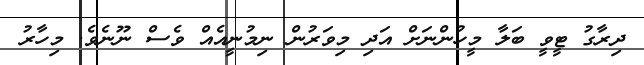
ދިރާގު ޓީވީ ބަލާ މީހުންނަށް އަދި މިވަރުން ނިމުނީއެއް ވެސް ނޫނެވެ. މިހާރު